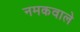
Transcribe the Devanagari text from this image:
नमकवाले